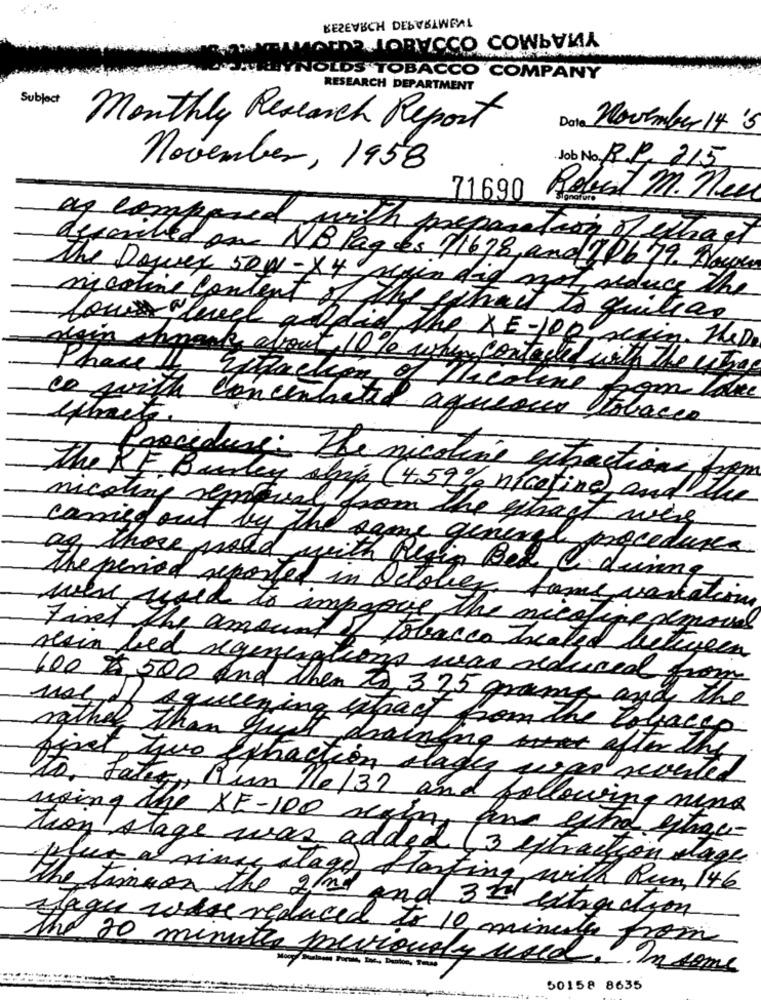
KEZEVECH DESUBLWFAL
MARDE JOBUCCO COWBULA
NOLDS TOBACCO COMPANY
RESEARCH DEPARTMENT
Subject
Monthly Research Report
Date November 14'5
Job No. R.P. 215
november, 1958
71690
Robert M. Tee
as compared with preparation of ethast
described on NB Pages 71698, and 106 79. Bower
The Dowex 50W-X4 Al
gendida
reduce the
nicotine content of the extract to quities
lowlevel ad did the XE-100
alain chmack about 10% when contacte with the ihrac
Phase II ququetion of nicoline som lake
co with concentrated aqueous tobacco
Procedure: The nicotine extractions from
The RF Bordey slip (4.59% nicotine), and the
nicoting remqual from the extract were
coming out by the same general procedures.
as those mold with Regin Bed & dining
the period reported in October fame varlation
were used to improve the nicotine semanas
Fint the amount of to
tobacco treated letigera
reain bed regenerations was reduced from
100 $ 500 and then to 3.25 grams and the
squeezing isback from the toy
Placca
rather than just drainingaftech
first two ffhaction alages was reverted
to. Later, Run nel37 and following ning
using the XE-100 regin and exhal linge-
thon stage was added (3 extraction lage
plus a nings alage, Marting with Rum, 146
the timeon the 2nd and 32 extraction
lagu were reduced to 10 minutes from
The 20 minutes mevioualy used. In some
50158 8635